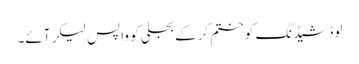
لوڈشیڈنگ کو ختم کرکے بجلی کو واپس لیکر آئے۔